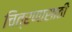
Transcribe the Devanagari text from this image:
चित्रणासाठी